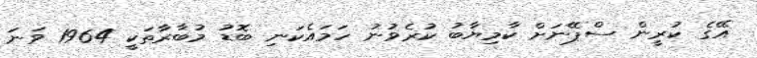
އޭގެ ކުރީން ސްޕޭނަށް ކާމިޔާބު ކުރެވުނު ހަމައެކަނި ބޮޑު މުބާރާތަކީ 1964 ވަނަ